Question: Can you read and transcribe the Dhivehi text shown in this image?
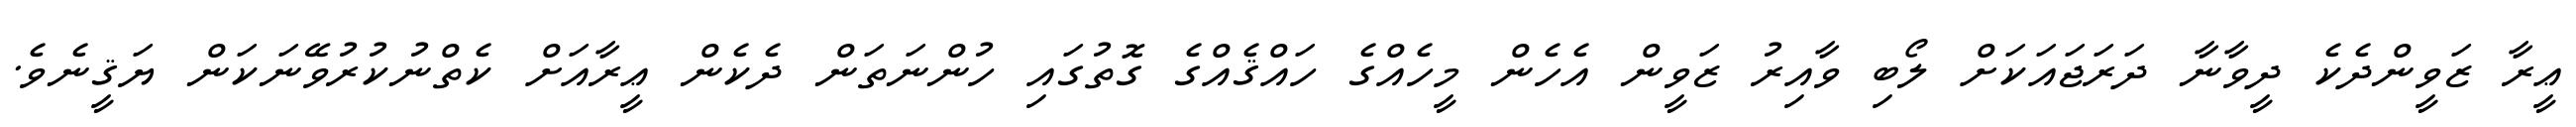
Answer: ޢީރާ ޒަވީންދެކެ ދީވާނާ ދަރަޖައަކަށް ލޯބި ވާއިރު ޒަވީން އެހެން މީހެއްގެ ހައްޤެއްގެ ގޮތުގައި ހުންނަތަން ދެކެން ޢީރާއަށް ކެތްނުކުރުވޭނަކަން ޔަޤީނެވެ.